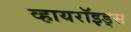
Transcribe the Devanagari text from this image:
व्हायरॉइड्स